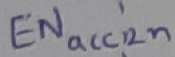
Text: ENACC2